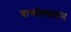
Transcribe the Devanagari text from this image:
वाष्पोत्पादन